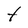
Character: t